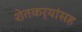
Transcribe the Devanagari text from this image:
शेतकर्‍यांसह